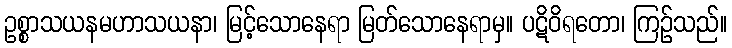
ဥစ္စာသယနမဟာသယနာ၊ မြင့်သောနေရာ မြတ်သောနေရာမှ။ ပဋိဝိရတော၊ ကြဉ်သည်။